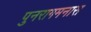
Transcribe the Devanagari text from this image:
पुनरागमनास